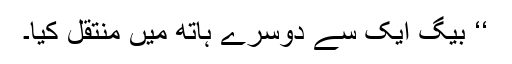
‘‘ بیگ ایک سے دوسرے ہاتھ میں منتقل کیا۔